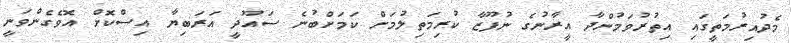
މެދުއިރުމަތީގައި އިތުރުވަމުންދާ އީރާނުގެ ނުފޫޒާ ކުރިމަތިލުމަށް ކަމަށްބުނެ ސައޫދީ އަރަބިޔާ އިސްކޮށް އޮވެގެންވަނީ